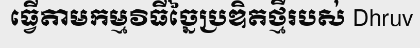
ធ្វើតាមកម្មវិធីច្នៃប្រឌិតថ្មីរបស់ Dhruv